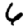
Digit: 6